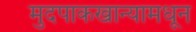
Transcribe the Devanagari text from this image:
मुदपाकखान्यामधून